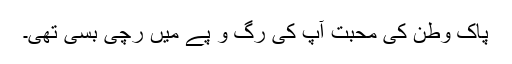
پاک وطن کی محبت آپ کی رگ و پے میں رچی بسی تھی۔